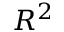
R ^ { 2 }